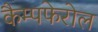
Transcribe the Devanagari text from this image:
कैम्पफेरोल